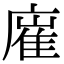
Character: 𢊛